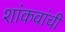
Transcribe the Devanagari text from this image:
शांकवांची